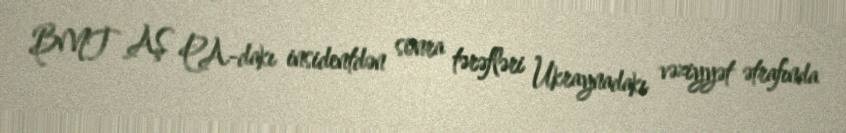
BMT AŞ PA-dakı insidentdən sonra tərəfləri Ukraynadakı vəziyyət ətrafında